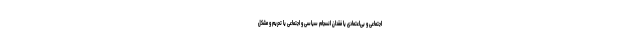
اجتماعی و بی‌اعتمادی یا فقدان انسجام سیاسی و اجتماعی یا تحریم و مشکل